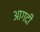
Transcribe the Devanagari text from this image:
आगदी